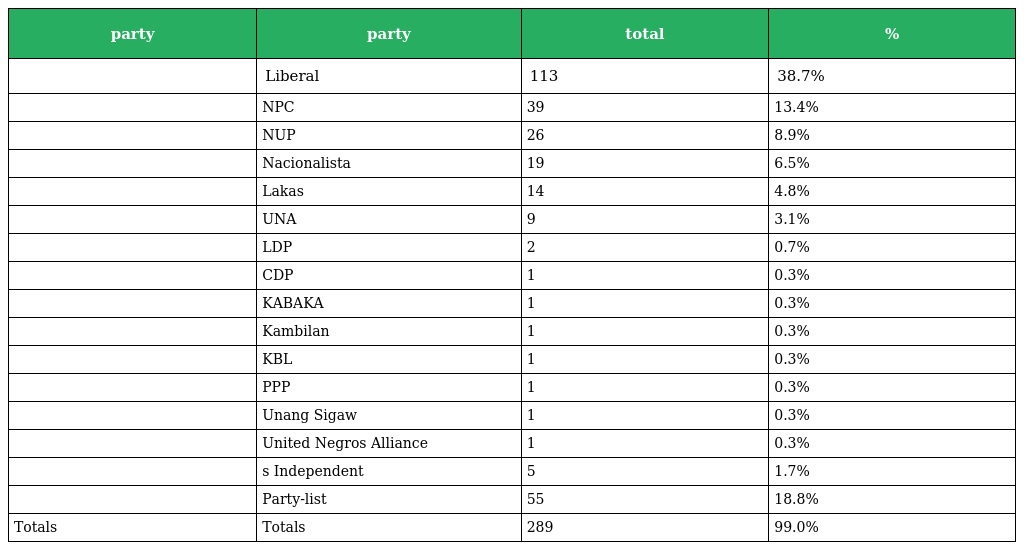
| party | party | total | % |
 | --- | --- | --- | --- |
 |  | Liberal | 113 | 38.7% |
 |  | NPC | 39 | 13.4% |
 |  | NUP | 26 | 8.9% |
 |  | Nacionalista | 19 | 6.5% |
 |  | Lakas | 14 | 4.8% |
 |  | UNA | 9 | 3.1% |
 |  | LDP | 2 | 0.7% |
 |  | CDP | 1 | 0.3% |
 |  | KABAKA | 1 | 0.3% |
 |  | Kambilan | 1 | 0.3% |
 |  | KBL | 1 | 0.3% |
 |  | PPP | 1 | 0.3% |
 |  | Unang Sigaw | 1 | 0.3% |
 |  | United Negros Alliance | 1 | 0.3% |
 |  | s Independent | 5 | 1.7% |
 |  | Party-list | 55 | 18.8% |
 | Totals | Totals | 289 | 99.0% |